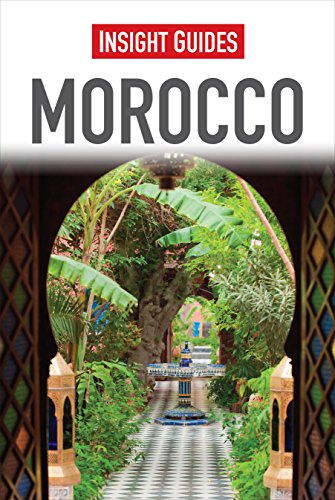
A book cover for Morocco (Insight Guides); Insight Guides; Travel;